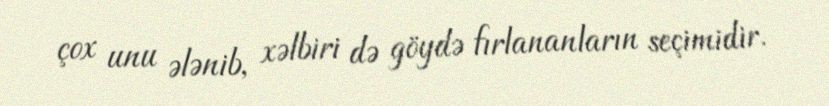
çox unu ələnib, xəlbiri də göydə fırlananların seçimidir.